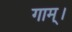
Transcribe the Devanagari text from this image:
गाम्।